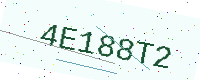
Text: 4E188T2